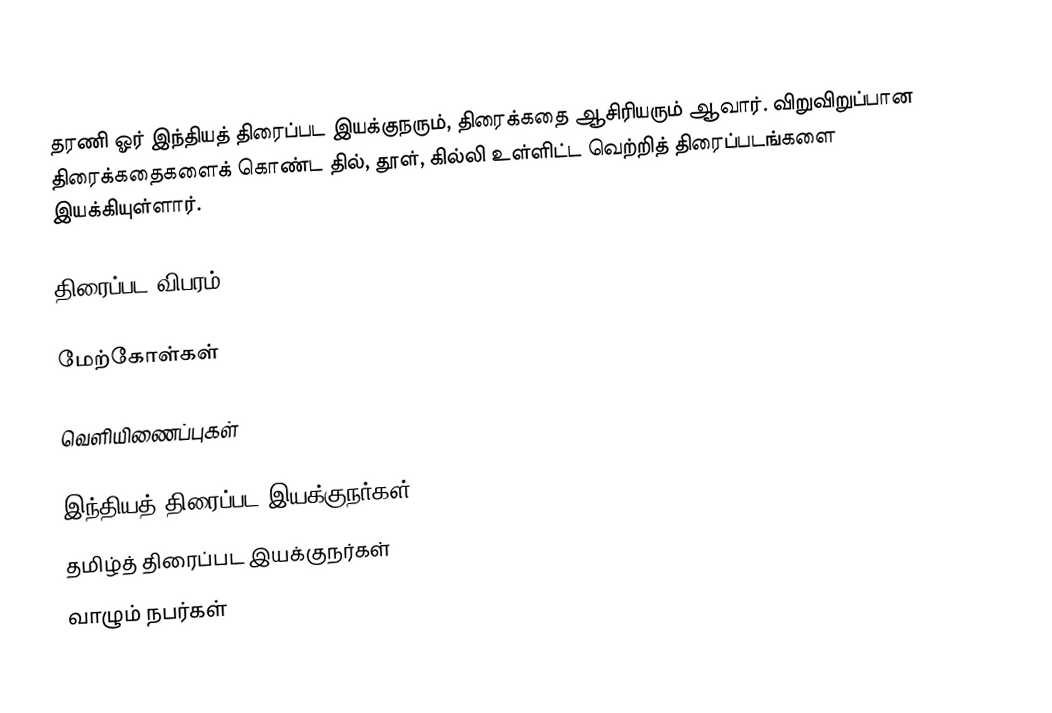
தரணி ஓர் இந்தியத் திரைப்பட இயக்குநரும், திரைக்கதை ஆசிரியரும் ஆவார். விறுவிறுப்பான திரைக்கதைகளைக் கொண்ட தில், தூள், கில்லி உள்ளிட்ட வெற்றித் திரைப்படங்களை இயக்கியுள்ளார்.

திரைப்பட விபரம்

மேற்கோள்கள்

வெளியிணைப்புகள்

இந்தியத் திரைப்பட இயக்குநர்கள்
தமிழ்த் திரைப்பட இயக்குநர்கள்
வாழும் நபர்கள்